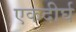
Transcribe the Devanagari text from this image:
एकदीर्घ